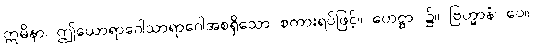
ဣမိနာ၊ ဤယောရာဂေါသာရာဂေါအစရှိသော စကားရပ်ဖြင့်။ ဟေဋ္ဌာ၊ ၌။ ဗြဟ္မာနံ၊ ပေ။